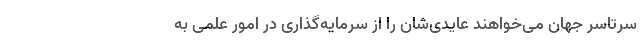
سرتاسر جهان می‌خواهند عایدی‌شان را از سرمایه‌گذاری‌ در امور علمی به